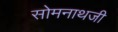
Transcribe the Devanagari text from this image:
सोमनाथजी